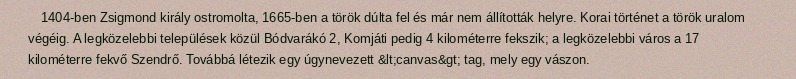
1404-ben Zsigmond király ostromolta, 1665-ben a török dúlta fel és már nem állították helyre. Korai történet a török uralom végéig. A legközelebbi települések közül Bódvarákó 2, Komjáti pedig 4 kilométerre fekszik; a legközelebbi város a 17 kilométerre fekvő Szendrő. Továbbá létezik egy úgynevezett &lt;canvas&gt; tag, mely egy vászon.